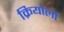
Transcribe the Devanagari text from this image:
क्रियोलो